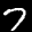
Label: 7